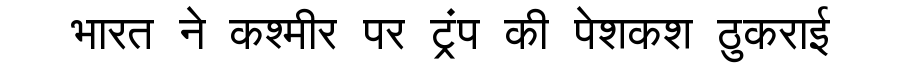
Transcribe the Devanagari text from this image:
भारत ने कश्मीर पर ट्रंप की पेशकश ठुकराई